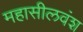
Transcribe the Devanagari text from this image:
महासीलवंश